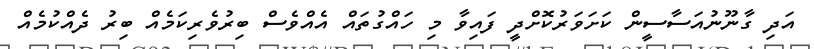
އަދި ގާނޫނުއަސާސީން ކަށަވަރުކޮށްދީ ފައިވާ މި ހައްގުތައް އެއްވެސް ބިރުވެރިކަމެއް ބިރު ދެއްކުމެއް